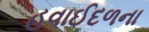
હવાઈદળના